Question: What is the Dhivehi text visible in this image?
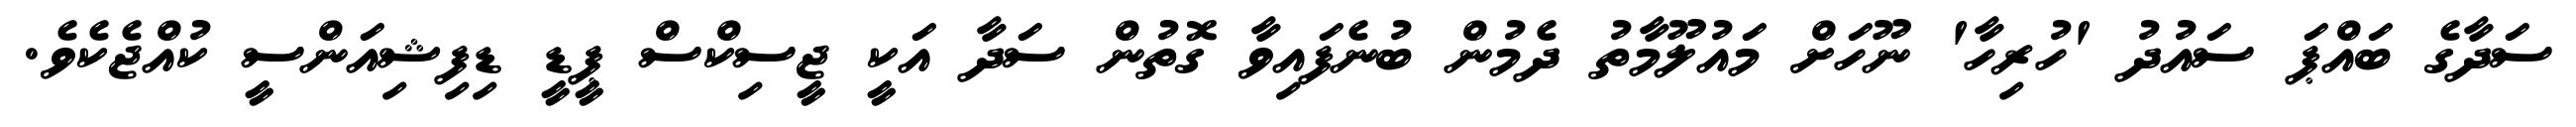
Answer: ސަދާގެ ބައްޕަ ސައުދު 'ހުރިހާ' ނޫހަށް މައުލޫމާތު ދެމުން ބުނެފައިވާ ގޮތުން ސަދާ އަކީ ޖީސިކްސް ޕީޑީ ޑިފިޝިއަންސީ ކުއްޖެކެވެ.